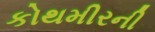
કોથમીરની